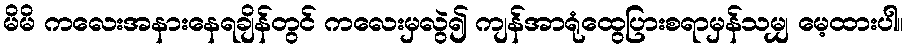
မိမိ ကလေးအနားနေရချိန်တွင် ကလေးမှလွဲ၍ ကျန်အာရုံထွေပြားစရာမှန်သမျှ မေ့ထားပါ။